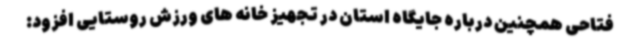
فتاحی همچنین درباره جایگاه استان در تجهیز خانه های ورزش روستایی افزود: